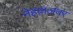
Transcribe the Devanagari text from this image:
नेहवालवर